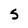
Character: S